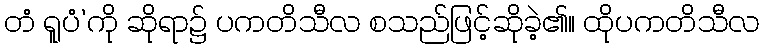
တံ ရူပံ’ကို ဆိုရာ၌ ပကတိသီလ စသည်ဖြင့်ဆိုခဲ့၏။ ထိုပကတိသီလ